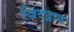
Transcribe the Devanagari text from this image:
विद्द्वान